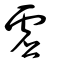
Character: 虛